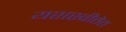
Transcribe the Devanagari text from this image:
यशस्वीतेत